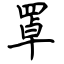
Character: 罩